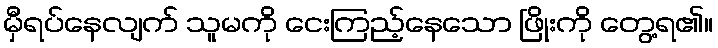
မှီရပ်နေလျက် သူမကို ငေးကြည့်နေသော ဖြိုးကို တွေ့ရ၏။